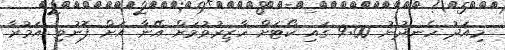
މިއަދު ހެނދުނު 9:00 ގައި ކޯޓަށް ހާޒިރުވުމަށް އޭނާ އަށް ފޮނުވި އަމުރާ